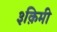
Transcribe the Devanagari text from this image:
३क़िमी